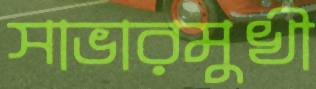
সাভারমুখী